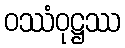
ဝဿံဝုဋ္ဌဿ